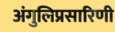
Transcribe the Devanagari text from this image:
अंगुलिप्रसारिणी